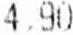
4.90